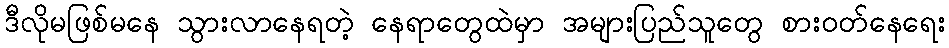
ဒီလိုမဖြစ်မနေ သွားလာနေရတဲ့ နေရာတွေထဲမှာ အများပြည်သူတွေ စားဝတ်နေရေး